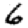
Digit: 6